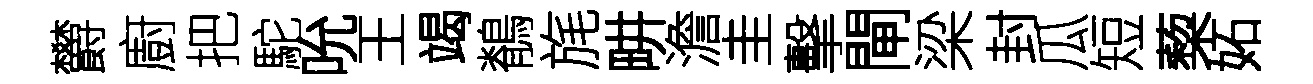
欝廚把駝吮王竭鶺旄畊澹圭擊閘梁封瓜短蔾妬